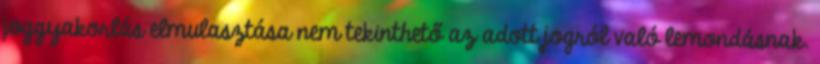
joggyakorlás elmulasztása nem tekinthető az adott jogról való lemondásnak.